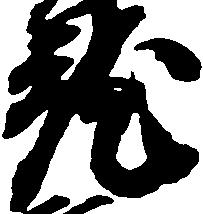
就